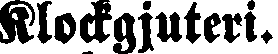
Klockgjuteri.